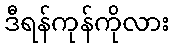
ဒီရန်ကုန်ကိုလား